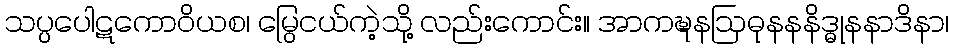
သပ္ပပေါဋကောဝိယစ၊ မြွေငယ်ကဲ့သို့ လည်းကောင်း။ အာကဍ္ဎနဩဓုနနနိဒ္ဓုနနာဒိနာ၊